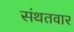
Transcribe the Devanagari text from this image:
संथतवार